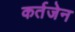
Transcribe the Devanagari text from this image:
कर्तजेन